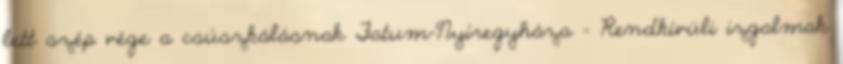
lett szép vége a csúszkálásnak Fatum-Nyíregyháza – Rendkívüli izgalmak